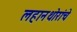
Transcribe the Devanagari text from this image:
लहानथोरांचे